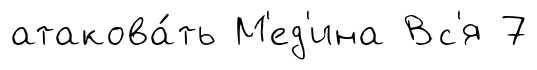
атакова́ть М'ед'ина Вс'я 7